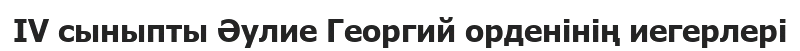
IV сыныпты Әулие Георгий орденінің иегерлері